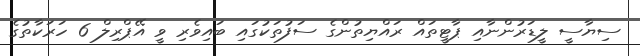
ސިޔާސީ ލީޑަރުންނާއި ޕާޓީތައް ރައްޔިތުންގެ ސަފުތަކުގައި ބައިވެރި ވީ އޭޕްރިލް 6 ހަރަކާތުގެ